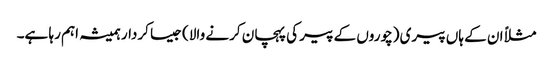
مثلاً ان کے ہاں پیری (چوروں کے پیر کی پہچان کرنے والا) جیسا کردار ہمیشہ اہم رہا ہے۔